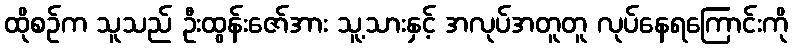
ထိုစဉ်က သူသည် ဦးထွန်းဇော်အား သူ့သားနှင့် အလုပ်အတူတူ လုပ်နေရကြောင်းကို